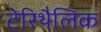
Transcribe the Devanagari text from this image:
टेरिथैलिक